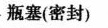
瓶塞(密封)